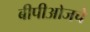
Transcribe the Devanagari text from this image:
बीपीओजचे